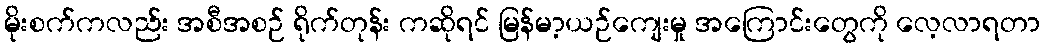
မိုးစက်ကလည်း အစီအစဉ် ရိုက်တုန်း ကဆိုရင် မြန်မာ့ယဉ်ကျေးမှု အကြောင်းတွေကို လေ့လာရတာ